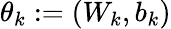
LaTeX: \theta_{k}:=(W_{k},b_{k})